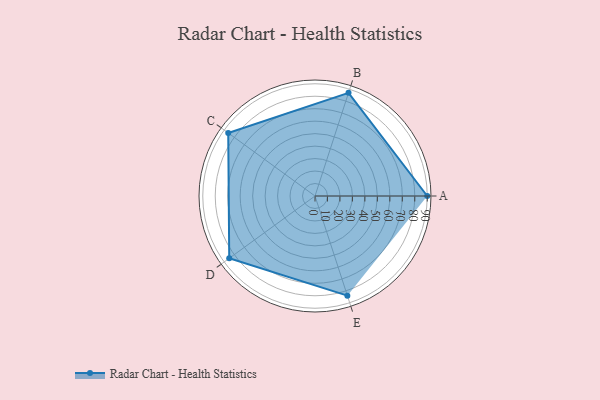
{"axis": {"x": "Skill", "y": "Score"}, "legend": ["Profile"], "data": [{"x": "A", "y": 90.0, "type": "Profile"}, {"x": "B", "y": 87.0, "type": "Profile"}, {"x": "C", "y": 86.0, "type": "Profile"}, {"x": "D", "y": 85.0, "type": "Profile"}, {"x": "E", "y": 84.0, "type": "Profile"}]}